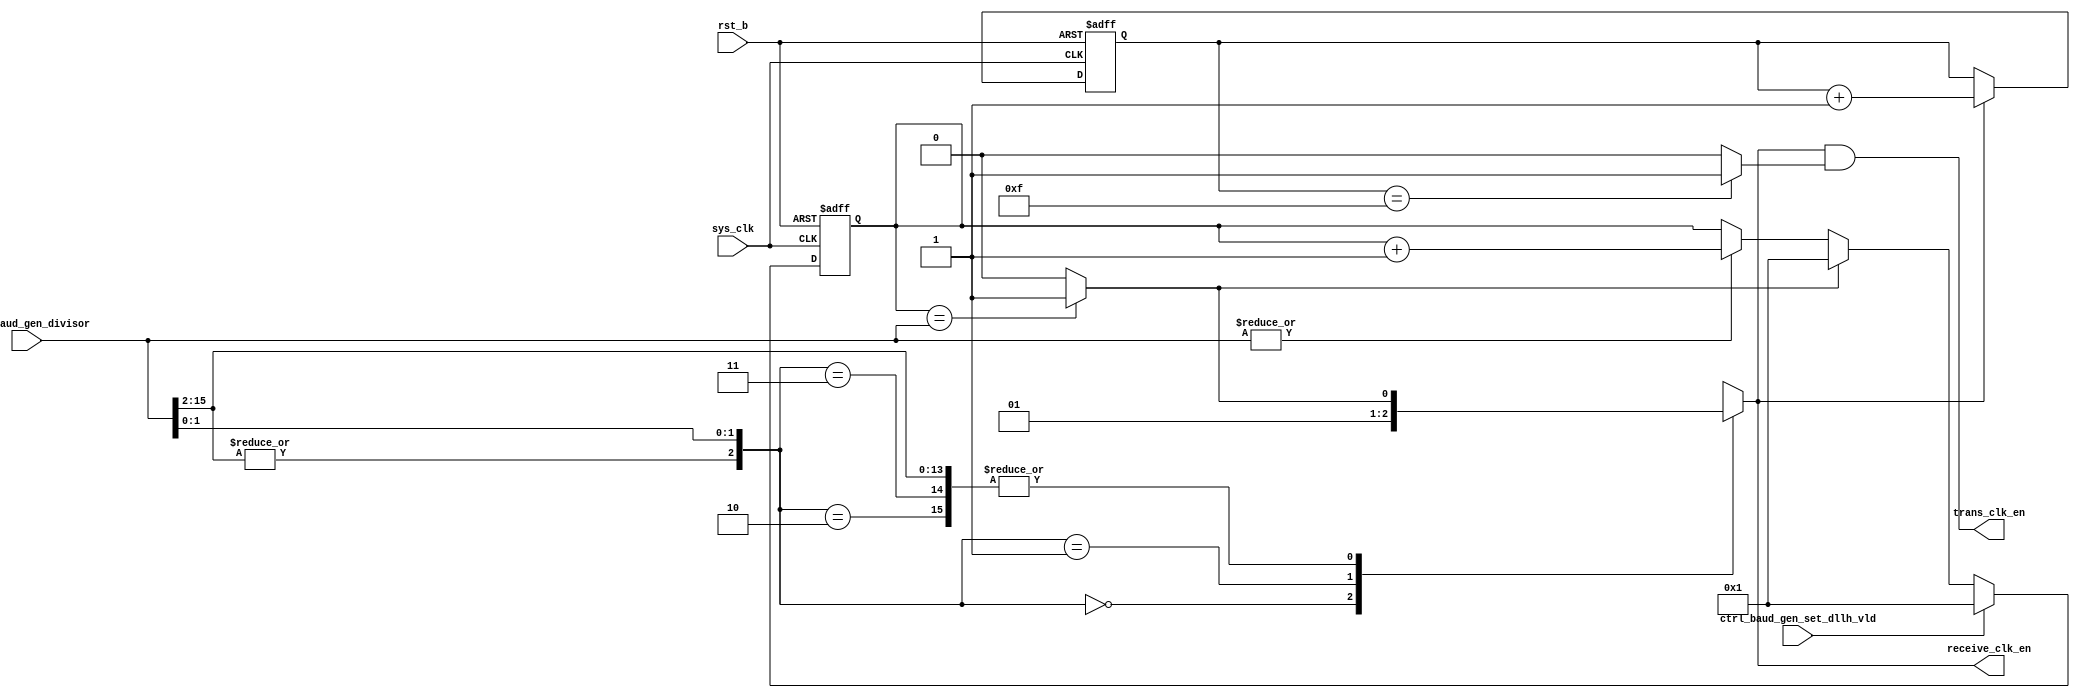
/*Copyright 2019-2021 T-Head Semiconductor Co., Ltd.

Licensed under the Apache License, Version 2.0 (the "License");
you may not use this file except in compliance with the License.
You may obtain a copy of the License at

    http://www.apache.org/licenses/LICENSE-2.0

Unless required by applicable law or agreed to in writing, software
distributed under the License is distributed on an "AS IS" BASIS,
WITHOUT WARRANTIES OR CONDITIONS OF ANY KIND, either express or implied.
See the License for the specific language governing permissions and
limitations under the License.
*/























module uart_baud_gen(
  ctrl_baud_gen_divisor,
  ctrl_baud_gen_set_dllh_vld,
  receive_clk_en,
  rst_b,
  sys_clk,
  trans_clk_en
);


input   [15:0]  ctrl_baud_gen_divisor;     
input           ctrl_baud_gen_set_dllh_vld; 
input           rst_b;                     
input           sys_clk;                   
output          receive_clk_en;            
output          trans_clk_en;              


reg     [15:0]  clk_counter;               
reg             receive_clk_en;            
reg     [3 :0]  trans_clk_counter;         


wire            clk_divisor_start_en;      
wire            clk_negedge_en;            
wire    [15:0]  ctrl_baud_gen_divisor;     
wire            ctrl_baud_gen_set_dllh_vld; 
wire            divisor_more_then_3;       
wire            rst_b;                     
wire            sys_clk;                   
wire            trans_clk_en;              
wire            trans_clk_posedge_en;      
























assign clk_divisor_start_en = |ctrl_baud_gen_divisor[15:0];

assign clk_negedge_en  = (clk_counter[15:0] == ctrl_baud_gen_divisor[15:0]) ? 1 : 0 ;
 
always@(posedge sys_clk or negedge rst_b) 
begin 
  if(!rst_b) 
    clk_counter[15:0] <= 16'b1;
  else if(ctrl_baud_gen_set_dllh_vld)
    clk_counter[15:0] <= 16'b1;
  else if(clk_negedge_en)
    clk_counter[15:0] <= 1'b1; 
  else if(clk_divisor_start_en)
    clk_counter[15:0] <= clk_counter[15:0]+1;
  else
    clk_counter[15:0] <= clk_counter[15:0];
end
















assign divisor_more_then_3 = |ctrl_baud_gen_divisor[15:2];


always @( ctrl_baud_gen_divisor[1:0]
       or clk_negedge_en
       or divisor_more_then_3)
begin
casez({divisor_more_then_3,ctrl_baud_gen_divisor[1:0]})
  3'b000: receive_clk_en = 1'b0;
  3'b001: receive_clk_en = 1'b1;
  3'b010: receive_clk_en = clk_negedge_en;
  3'b011,
  3'b1??: receive_clk_en = clk_negedge_en;
  default: receive_clk_en = 1'b0;
endcase

end






always@(posedge sys_clk or negedge rst_b)
begin
  if(!rst_b)
   trans_clk_counter[3:0] <= 4'b0;
  else if(receive_clk_en) 
   trans_clk_counter[3:0] <= trans_clk_counter[3:0] + 1'b1;
  else 
   trans_clk_counter[3:0] <= trans_clk_counter[3:0];
end

assign trans_clk_posedge_en = (trans_clk_counter[3:0] == 4'b1111) ? 1 : 0;

assign trans_clk_en  = receive_clk_en && trans_clk_posedge_en;
















endmodule